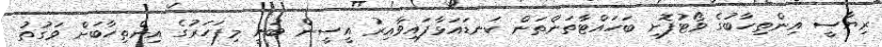
ރިޔާސީ އިންތިހާބުގެ ވޯޓުފޮށި ބަހައްޓާތަންތަން ކަނޑައަޅާފައިވާއިރު އީސީން ބުނީ މިފަހަރުގެ އިންތިހާބަށް ވަގުތު